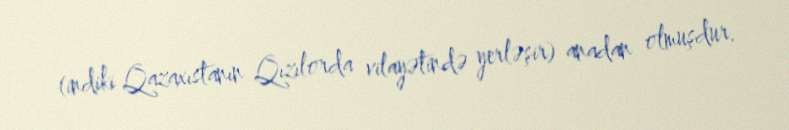
(indiki Qazaxıstanın Qızılorda vilayətində yerləşir) anadan olmuşdur.